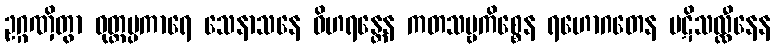
ဥဂ္ဂဏှိတွာ ဝုတ္တပ္ပကာရေ သေနာသနေ ဝိဟရန္တေန ကတသဗ္ဗကိစ္စေန ရဟောဂတေန ပဋိသလ္လီနေန